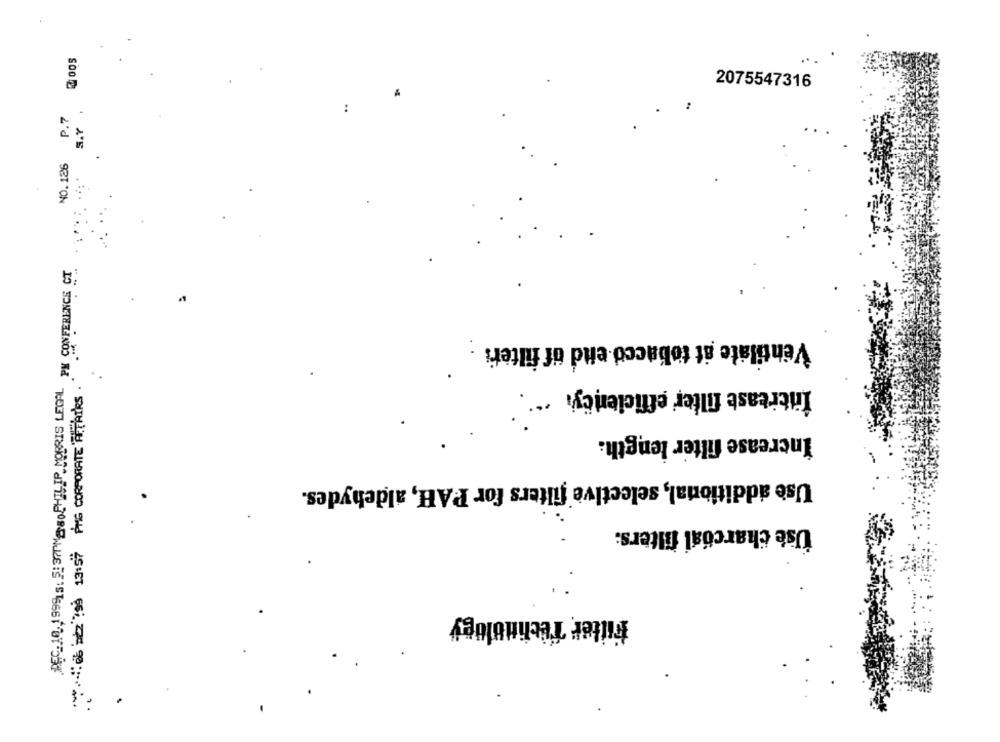
2075547316
P.7
..
5.Y
NO.126
DEC.18,1999 5: 5: 37PM2 80 PHILIP MORRIS LEGAL PY CONFERENCE CT
Ventilate at tobacco end of filteri
Increase filter efficiency. "
Increase filter length.
Use additional, selective filters for PAH, aldehydes.
Use charcoal filters:
filter Technology